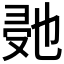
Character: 𭆰